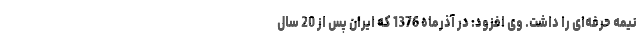
نیمه حرفه‌ای را داشت. وی افزود: در آذرماه 1376 که ایران پس از 20 سال